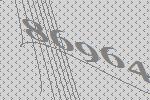
86964